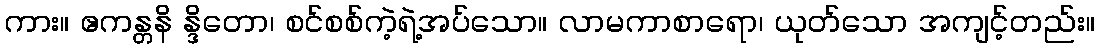
ကား။ ဧကန္တနိ န္ဒိတော၊ စင်စစ်ကဲ့ရဲ့အပ်သော။ လာမကာစာရော၊ ယုတ်သော အကျင့်တည်း။